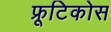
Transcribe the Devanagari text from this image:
फ्रूटिकोस